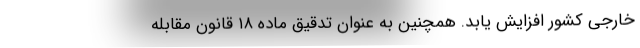
خارجی کشور افزایش یابد. همچنین به عنوان تدقیق ماده ۱۸ قانون مقابله